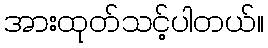
အားထုတ်သင့်ပါတယ်။